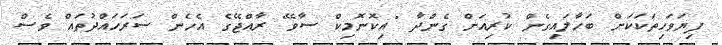
ފިޔަވަހިތަކަކަށް ބަހާލައިގެން ކުރިއަށް ގެންދާ "އިކޮނޮމިކް ސާވޭ" ރާއްޖޭގެ އެހެން ސަރަހައްދުތައް ވެސް